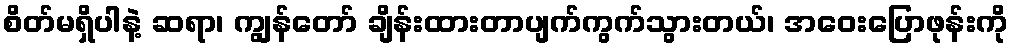
စိတ်မရှိပါနဲ့ ဆရာ၊ ကျွန်တော် ချိန်းထားတာပျက်ကွက်သွားတယ်၊ အဝေးပြောဖုန်းကို